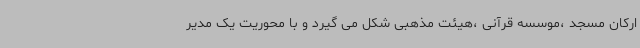
ارکان مسجد ،موسسه قرآنی ،هیئت مذهبی شکل می گیرد و با محوریت یک مدیر